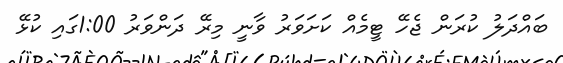
ބައްދަލު ކުރަން ޖެހޭ ޓީމެއް ކަށަވަރު ވާނީ މިރޭ ދަންވަރު 1:00ގައި ކުޅޭ